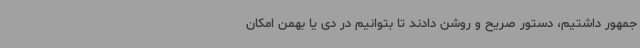
جمهور داشتیم، دستور صریح و روشن دادند تا بتوانیم در دی یا بهمن امکان